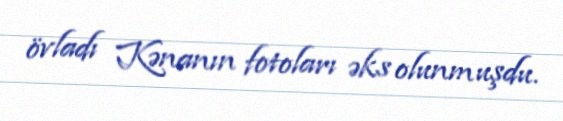
övladı Kənanın fotoları əks olunmuşdu.